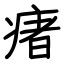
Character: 瘏